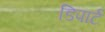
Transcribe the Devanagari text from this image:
डिपार्ट